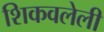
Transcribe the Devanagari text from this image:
शिकवलेली